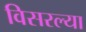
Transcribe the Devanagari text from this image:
विसरल्या